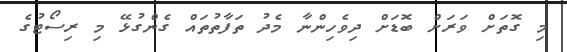
މި ގޮތަށް ވަރަށް ބޮޑަށް ދިވެހިންނާ މެދު ތަފާތުތައް ގެންގުޅޭ މި ރިސޯޓުގެ